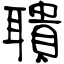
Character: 聵